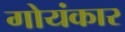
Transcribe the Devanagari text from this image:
गोयंकार